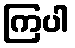
ကြပါ